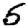
Digit: 5